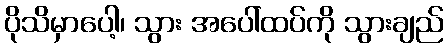
ပိုသိမှာပေါ့၊ သွား အပေါ်ထပ်ကို သွားချည်